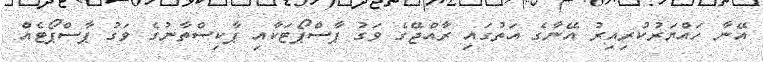
އޭނާ ހައްޔަރުކުރިއިރު އޭނާގެ އަތުގައި ރާއްޖޭގެ ވަގު ޕާސްޕޯޓަކާއި ޕާކިސްތާނުގެ ވަގު ޕާސްޕޯޓެއް